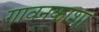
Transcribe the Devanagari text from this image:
गावनकाशा